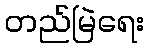
တည်မြဲရေး